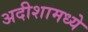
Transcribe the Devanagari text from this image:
अदीशामध्ये